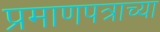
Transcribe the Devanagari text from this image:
प्रमाणपत्राच्या